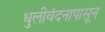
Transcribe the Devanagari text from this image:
धुलीवंदनापासून